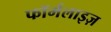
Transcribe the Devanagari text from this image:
फॉर्मलाइज़